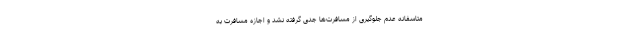
متاسفانه عدم جلوگیری از مسافرت‌ها جدی گرفته نشد و اجازه مسافرت به